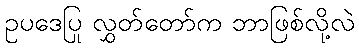
ဥပဒေပြု လွှတ်တော်က ဘာဖြစ်လို့လဲ